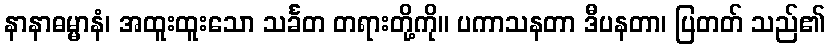
နာနာဓမ္မာနံ၊ အထူးထူးသော သင်္ခတ တရားတို့ကို။ ပကာသနတာ ဒီပနတာ၊ ပြတတ် သည်၏